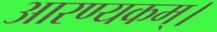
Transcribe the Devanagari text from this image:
आरण्यकम्।